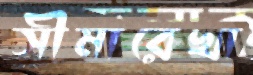
সীমারেখা